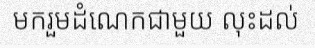
មករួមដំណេកជាមួយ លុះដល់